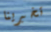
تخبرينا